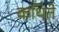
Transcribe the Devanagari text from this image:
कथिते